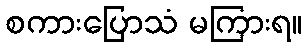
စကားပြောသံ မကြားရ။